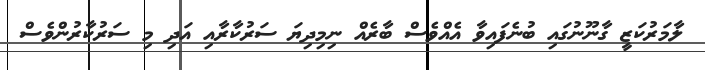
ލާމަރުކަޒީ ގާނޫނުގައި ބުނެފައިވާ އެއްވެސް ބާރެއް ނިމިދިޔަ ސަރުކާރާއި އަދި މި ސަރުކާރުންވެސް